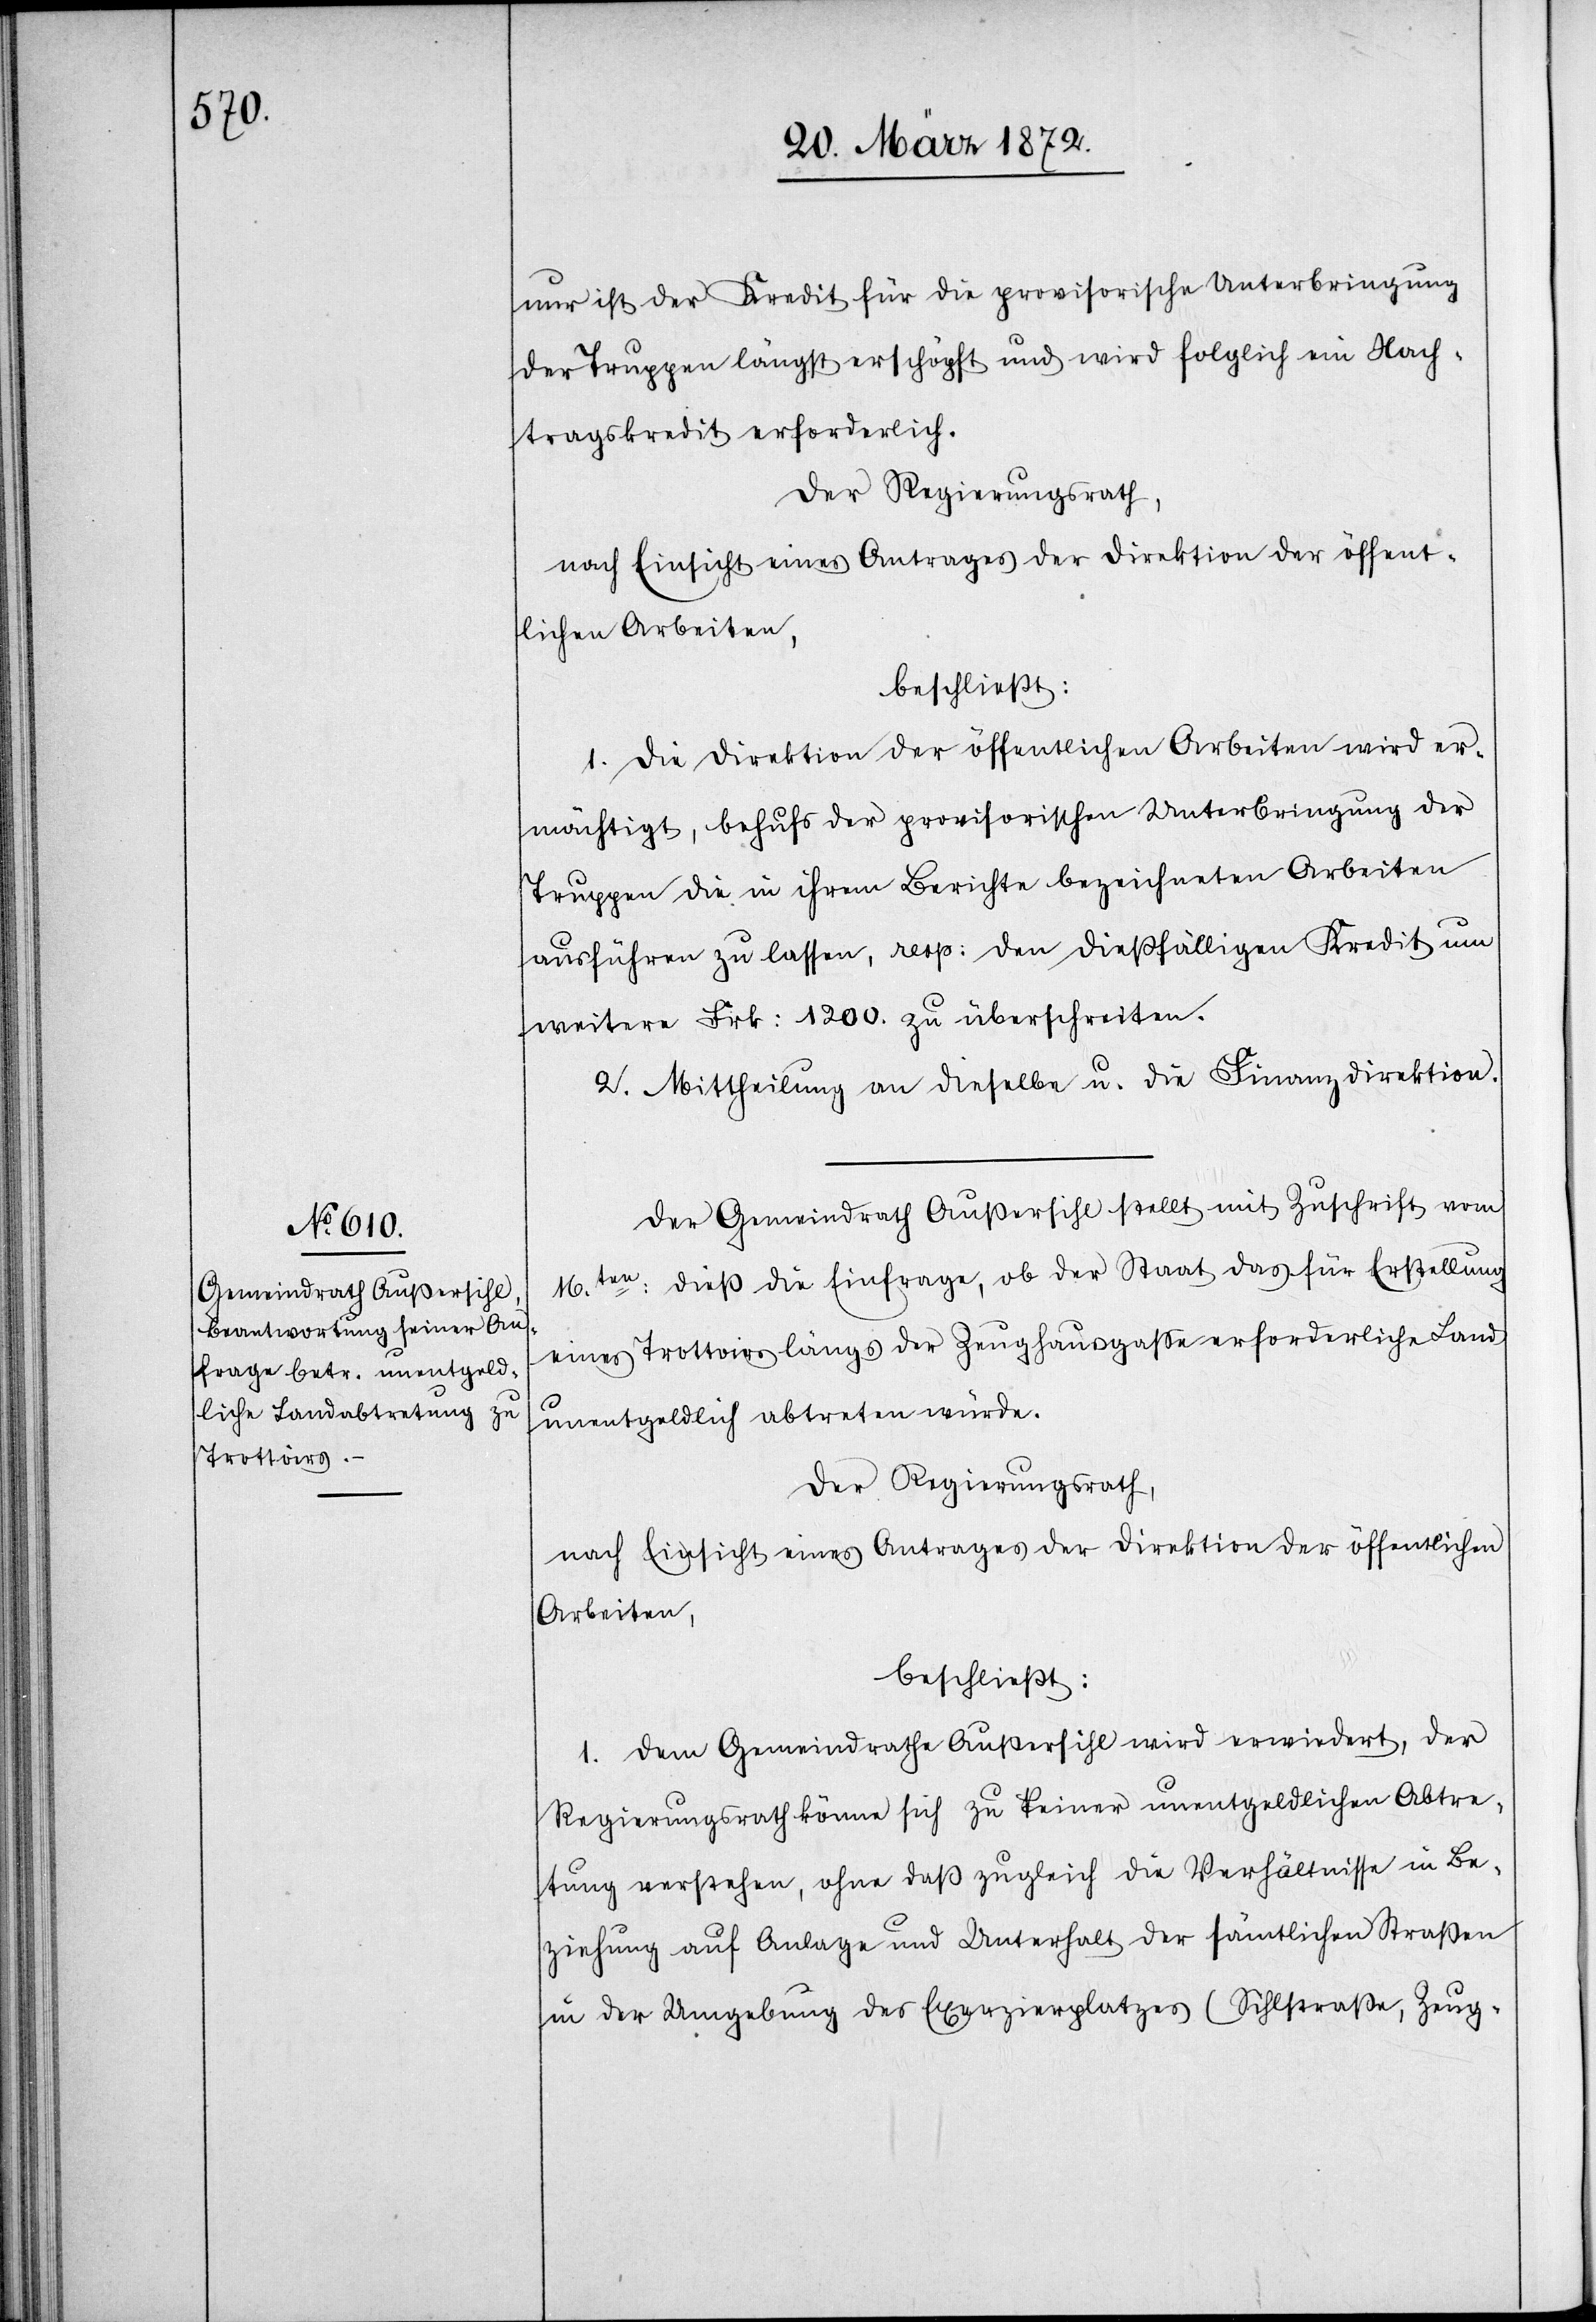
nur ist der Kredit für die provisorische Unterbringung
der Truppen längst erschöpft und wird folglich ein Nach¬
tragskredit erforderlich.
Der Regierungsrath,
nach Einsicht eines Antrages der Direktion der öffent¬
lichen Arbeiten,
beschließt:
1. Die Direktion der öffentlichen Arbeiten wird er¬
mächtigt, behufs der provisorischen Unterbringung der
Truppen die in ihrem Berichte bezeichneten Arbeiten
ausführen zu lassen, resp: den dießfälligen Kredit um
weitere Frk: 1200. zu überschreiten.
2. Mittheilung an dieselbe u. die Finanzdirektion.
Der Gemeindrath Außersihl stellt mit Zuschrift vom
16ten: dieß die Einfrage, ob der Staat das für Erstellung
eines Trottoirs längs der Zeughausgasse erforderliche Land
unentgeldlich abtreten würde.
Der Regierungsrath,
nach Einsicht eines Antrages der Direktion der öffentlichen
Arbeiten,
beschließt:
1. Dem Gemeindrathe Außersihl wird erwiedert, der
Regierungsrath könne sich zu keiner unentgeldlichen Abtre¬
tung verstehen, ohne daß zugleich die Verhältnisse in Be¬
ziehung auf Anlage und Unterhalt der sämtlichen Straßen
in der Umgebung des Exerzierplatzes (Sihlstraße, Zeug-